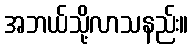
အဘယ်သို့လာသနည်း။